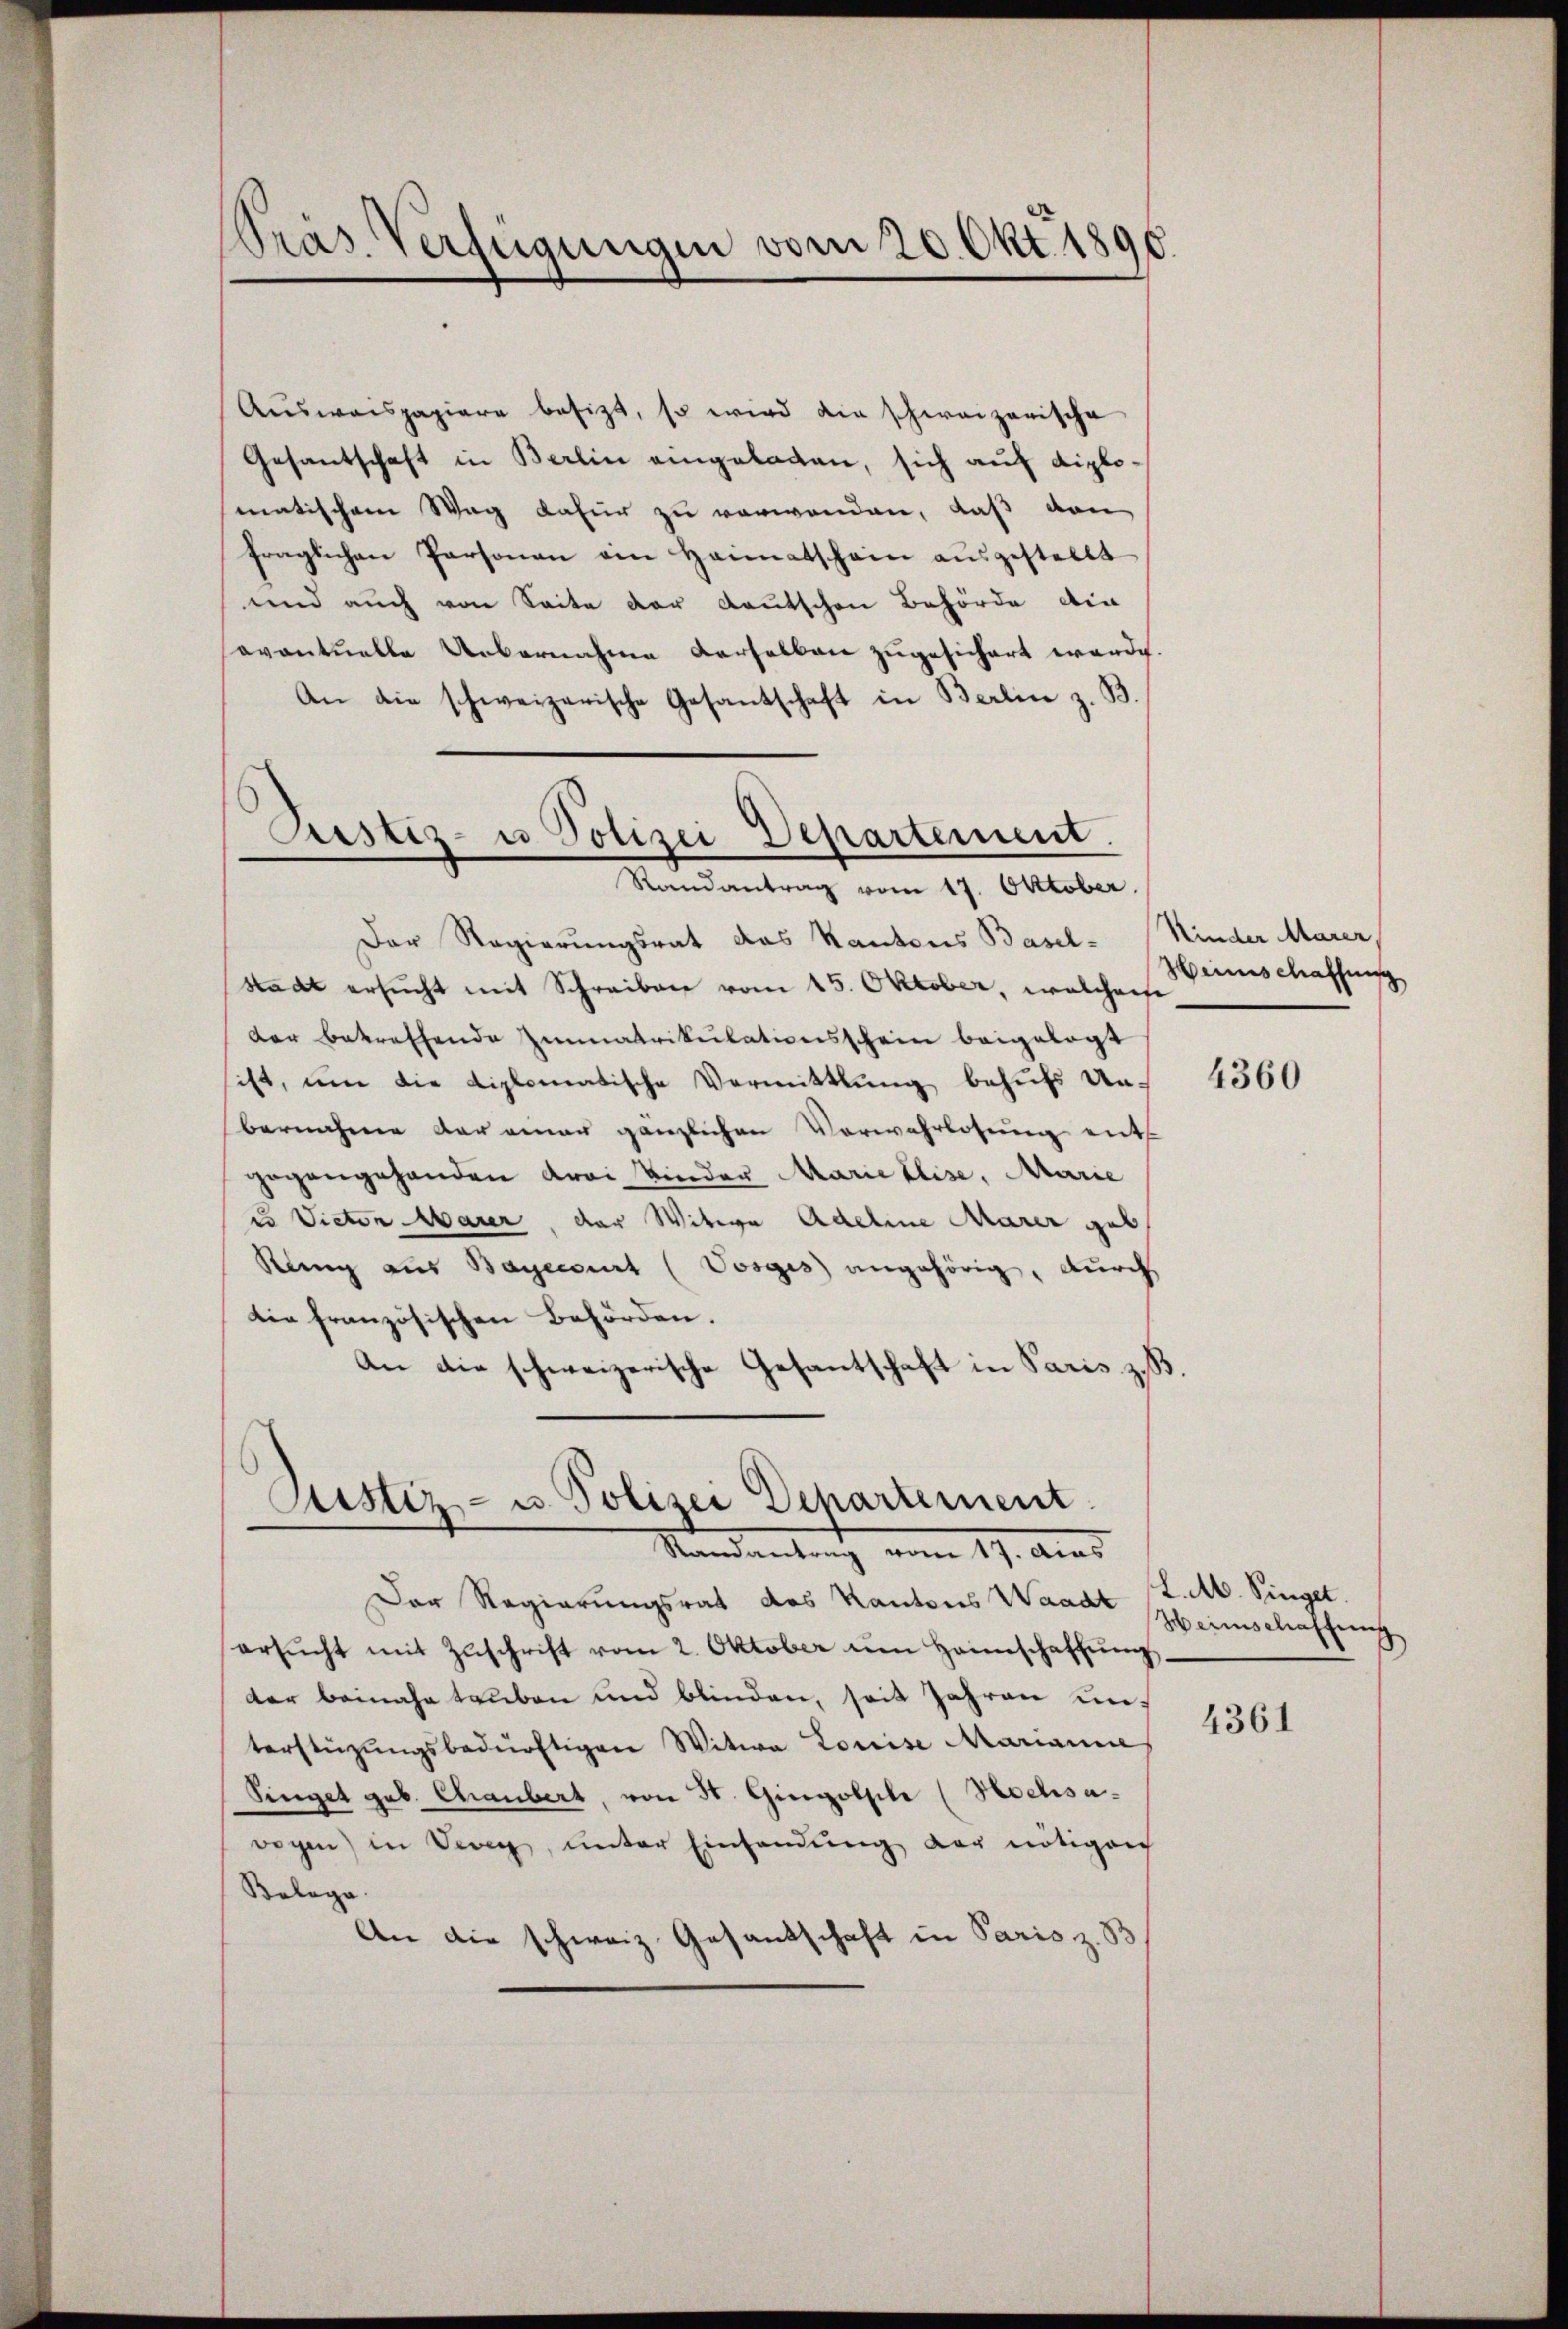
Pras. Verfügungen vom 20. Okt. 1890

Aŭsweispapiere besizt, so wird die schweizerische
Gesantschaft in Berlin eingeladen, sich auf diplo
matischem Weg dafür zu verwenden, daß von
fraglichen Personen ein Heimatschein ausgestellt
und auch von Seite der Kautschen Behörde ein
eventuelle Uebernahme derselben zugesichert werde.
An die schweizerische Gesantschaft in Berlin z. B.
Der Regierungsrat das Kantons Basel-
stadt ersŭcht mit Schreiben vom 15. Oktober, welcherse
der betreffende Immatrikulationsschein beigelegt
ist, um die diplomatische Vermittlung behufs Unbernachene der einer gänzlichen Verwahrlosung ents
gegangehanden drei Kinder Marie Elise, Marie
2o Victor Mauer, der Witwe Adeline Marer geb.
Rang aus Bayerirt (Vosgis angehörig, durch
die französischen Behörden.
An die schweizerische Gesantschaft in Paris z. B

Justiz- u Polizei Departement.
Randantrag vom 17. Oktober.

Justiz- u. Polizei Departement.
Standantung vom 17. dies

Der Regierungsrat des Kantons Waadt (Z. M. Singet.
ersŭcht mit Zŭschrift vom 2. Oktober am Heimschaffŭng
der beinahe tauben und blinden, seit Jahren unterstüzungsbedürftigen Witwe Louise Mariani
Singet geb. Chaubert, von St. Gingolple (Hochsawogen) in Vevey, unter Einfandung der nötigen
Balage
An die schweiz. Gesantschaft in Paris z. B

Kinder Marer
Hirnschaffung

4360

Heimschaffung

4361